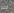
نحو